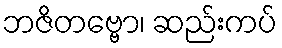
ဘဇိတဗ္ဗော၊ ဆည်းကပ်